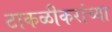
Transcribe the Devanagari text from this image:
टाकळीकरांच्या